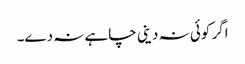
اگر کوئی نہ دینی چاہے نہ دے۔